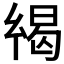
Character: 𢇋